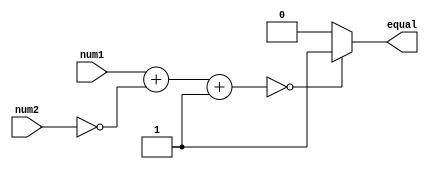
module arithmetic_comparator(
    input [31:0] num1,
    input [31:0] num2,
    output reg equal
);

reg [31:0] result;

always @ (num1, num2)
begin
    // Perform addition and subtraction operations
    result = num1 + ~num2 + 1;
    
    // Check if the result is zero
    if (result == 0)
        equal = 1;
    else
        equal = 0;
end

endmodule